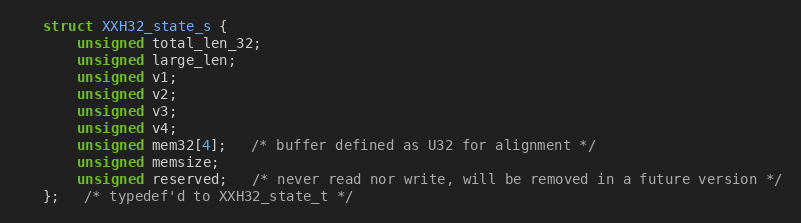
Language: C
   struct XXH32_state_s {
       unsigned total_len_32;
       unsigned large_len;
       unsigned v1;
       unsigned v2;
       unsigned v3;
       unsigned v4;
       unsigned mem32[4];   /* buffer defined as U32 for alignment */
       unsigned memsize;
       unsigned reserved;   /* never read nor write, will be removed in a future version */
   };   /* typedef'd to XXH32_state_t */